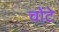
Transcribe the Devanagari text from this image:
चोंटे